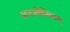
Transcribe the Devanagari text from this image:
अनभीप्सितम्